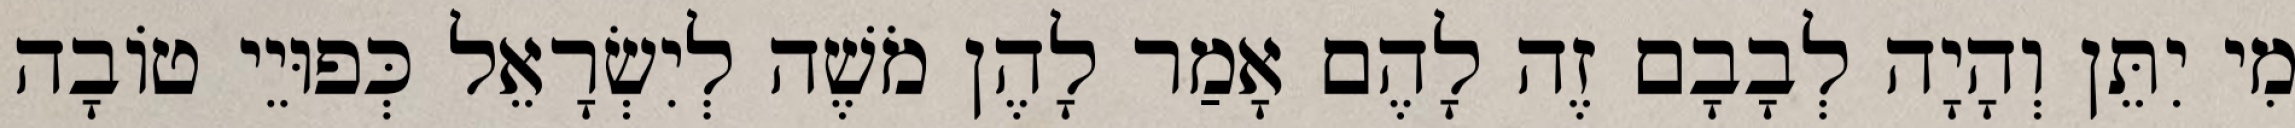
מִי יִתֵּן וְהָיָה לְבָבָם זֶה לָהֶם אָמַר לָהֶן מֹשֶׁה לְיִשְׂרָאֵל כְּפוּיֵי טוֹבָה